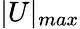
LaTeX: |U|_{max}